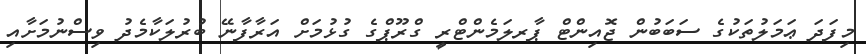
މިފަދަ ޢަމަލުތަކުގެ ސަބަބުން ޖޮއިންޓް ޕާރލަމެންޓްރީ ގްރޫޕްގެ ގުޅުމަށް އަރާފާނޭ ބުރުލަކާމެދު ވިސްނުމަށާއި